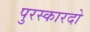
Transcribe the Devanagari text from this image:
पुरस्कारदो